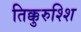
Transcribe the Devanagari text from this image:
तिक्कुरुश्शि